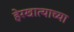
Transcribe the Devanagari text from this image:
हेरखात्याच्या